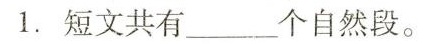
1.短文共有___个自然段。